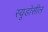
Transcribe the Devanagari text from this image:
स्यूडोसील